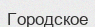
Городское